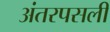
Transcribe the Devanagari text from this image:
अंतरपसली